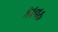
કાવઠ